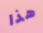
هذا